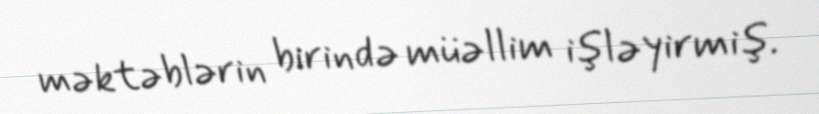
məktəblərin birində müəllim işləyirmiş.